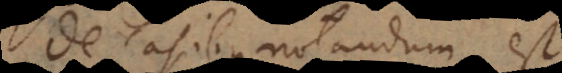
De casibus notandum est